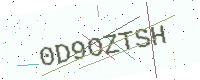
Text: 0D9OZTSH